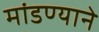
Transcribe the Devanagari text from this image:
मांडण्याने